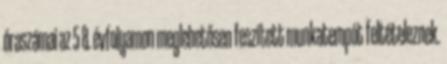
óraszámai az 5 8. évfolyamon meglehetősen feszített munkatempót feltételeznek.